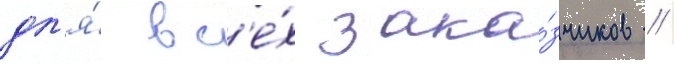
дл'я́ вс'е́х зака́зчиков //